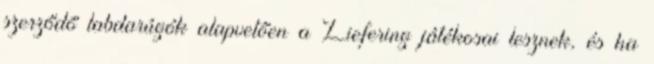
szerződő labdarúgók alapvetően a Liefering játékosai lesznek, és ha